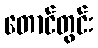
တောင်တွင်း